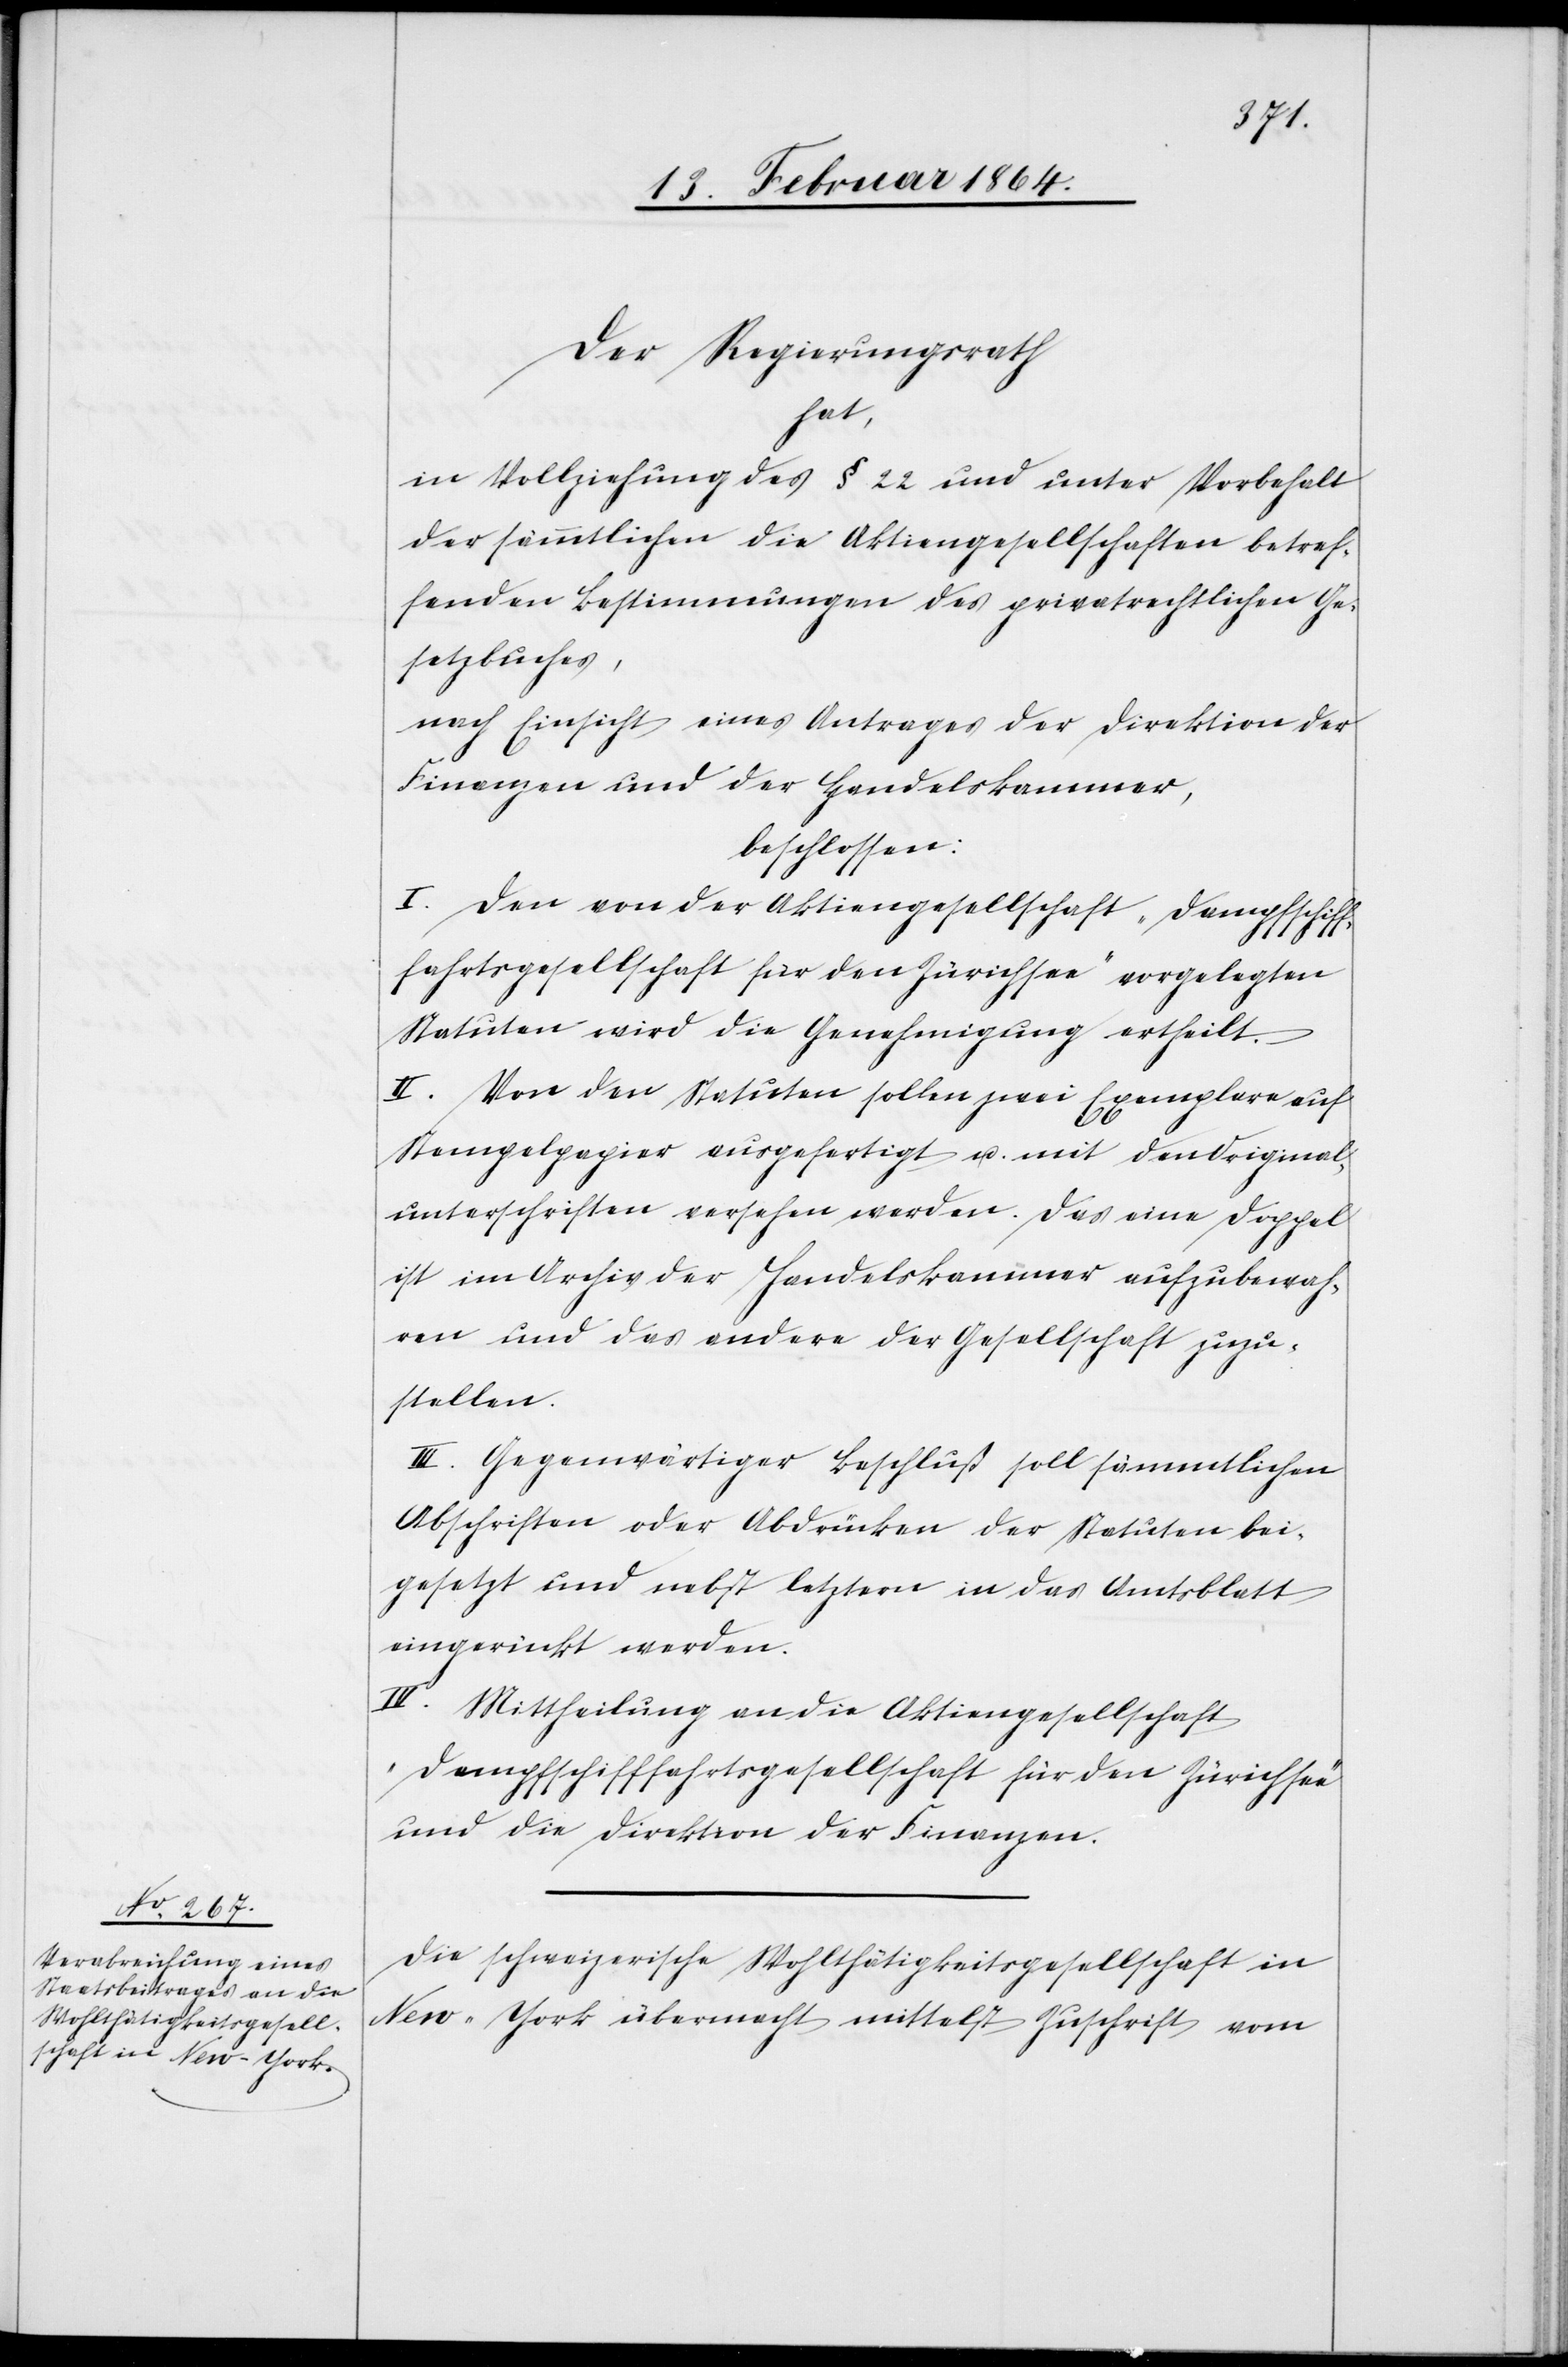
Der Regierungsrath
hat,
in Vollziehung des § 22 und unter Vorbehalt
der sämmtlichen die Aktiengesellschaften betref¬
fenden Bestimmungen des privatrechtlichen Ge¬
setzbuches,
nach Einsicht eines Antrages der Direktion der
Finanzen und der Handelskammer,
beschlossen:
I. Den von der Aktiengesellschaft „Dampfschiff¬
fahrtsgesellschaft für den Zürichsee“ vorgelegten
Statuten wird die Genehmigung ertheilt.
II. Von den Statuten sollen zwei Exemplare auf
Stempelpapier ausgefertigt u. mit den Original¬
unterschriften versehen werden. Das eine Doppel
ist im Archiv der Handelskammer aufzubewah¬
ren und das andere der Gesellschaft zuzu¬
stellen.
III. Gegenwärtiger Beschluß soll sämmtlichen
Abschriften oder Abdrücken der Statuten bei¬
gesetzt und nebst letztern in das Amtsblatt
eingerückt werden.
IV. Mittheilung an die Aktiengesellschaft
„Dampfschifffahrtsgesellschaft für den Zürichsee“
und die Direktion der Finanzen.
Die schweizerische Wohltätigkeitsgesellschaft in
New-York übermacht mittelst Zuschrift vom